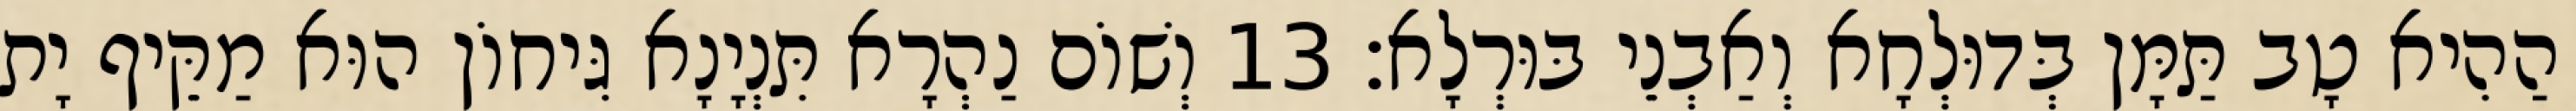
הַהִיא טָב תַּמָּן בְּדוּלְחָא וְאַבְנֵי בּוּרְלָא׃ 13 וְשׁוֹם נַהְרָא תִּנְיָנָא גִּיחוֹן הוּא מַקֵּיף יָת